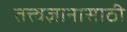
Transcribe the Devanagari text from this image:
तत्त्वज्ञानासाठी